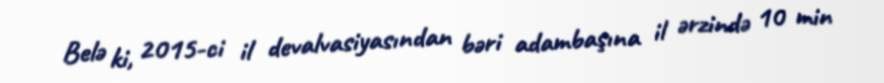
Belə ki, 2015-ci il devalvasiyasından bəri adambaşına il ərzində 10 min